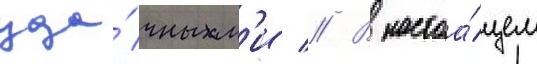
уда́чным'и // В настоа́щем